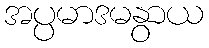
အပ္ပမာဒမနွာယ